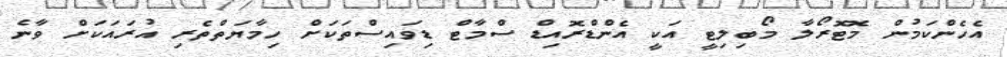
އެހެންކަމުން މޮޓޮރޯލާ މޯބިލިޓީ އަކީ އެންޑްރޮއިޑް ސްމާޓް ޑިވައިސްތަކަށް ހިމާޔަތްތެރި އުރައަކަށް ވާނެ